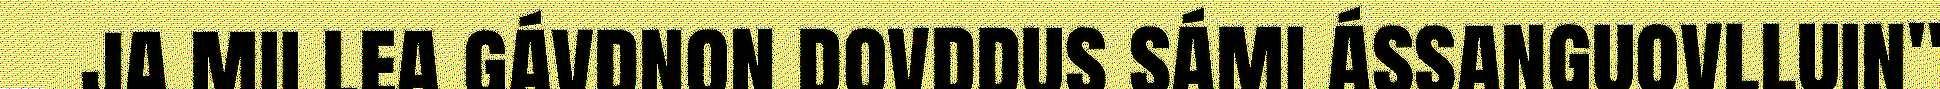
ja mii lea gávdnon dovddus sámi ássanguovlluin"